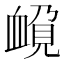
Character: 𲀚